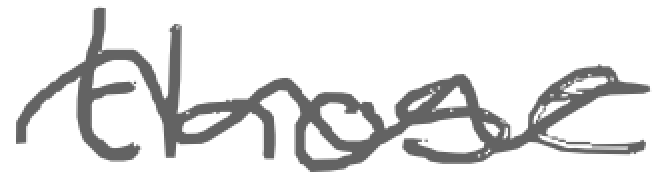
Text: those
Cross-out: wave
Writing tool: digital_gray